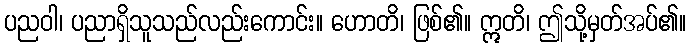
ပညဝါ၊ ပညာရှိသူသည်လည်းကောင်း။ ဟောတိ၊ ဖြစ်၏။ ဣတိ၊ ဤသို့မှတ်အပ်၏။